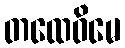
တထေဝိမေ